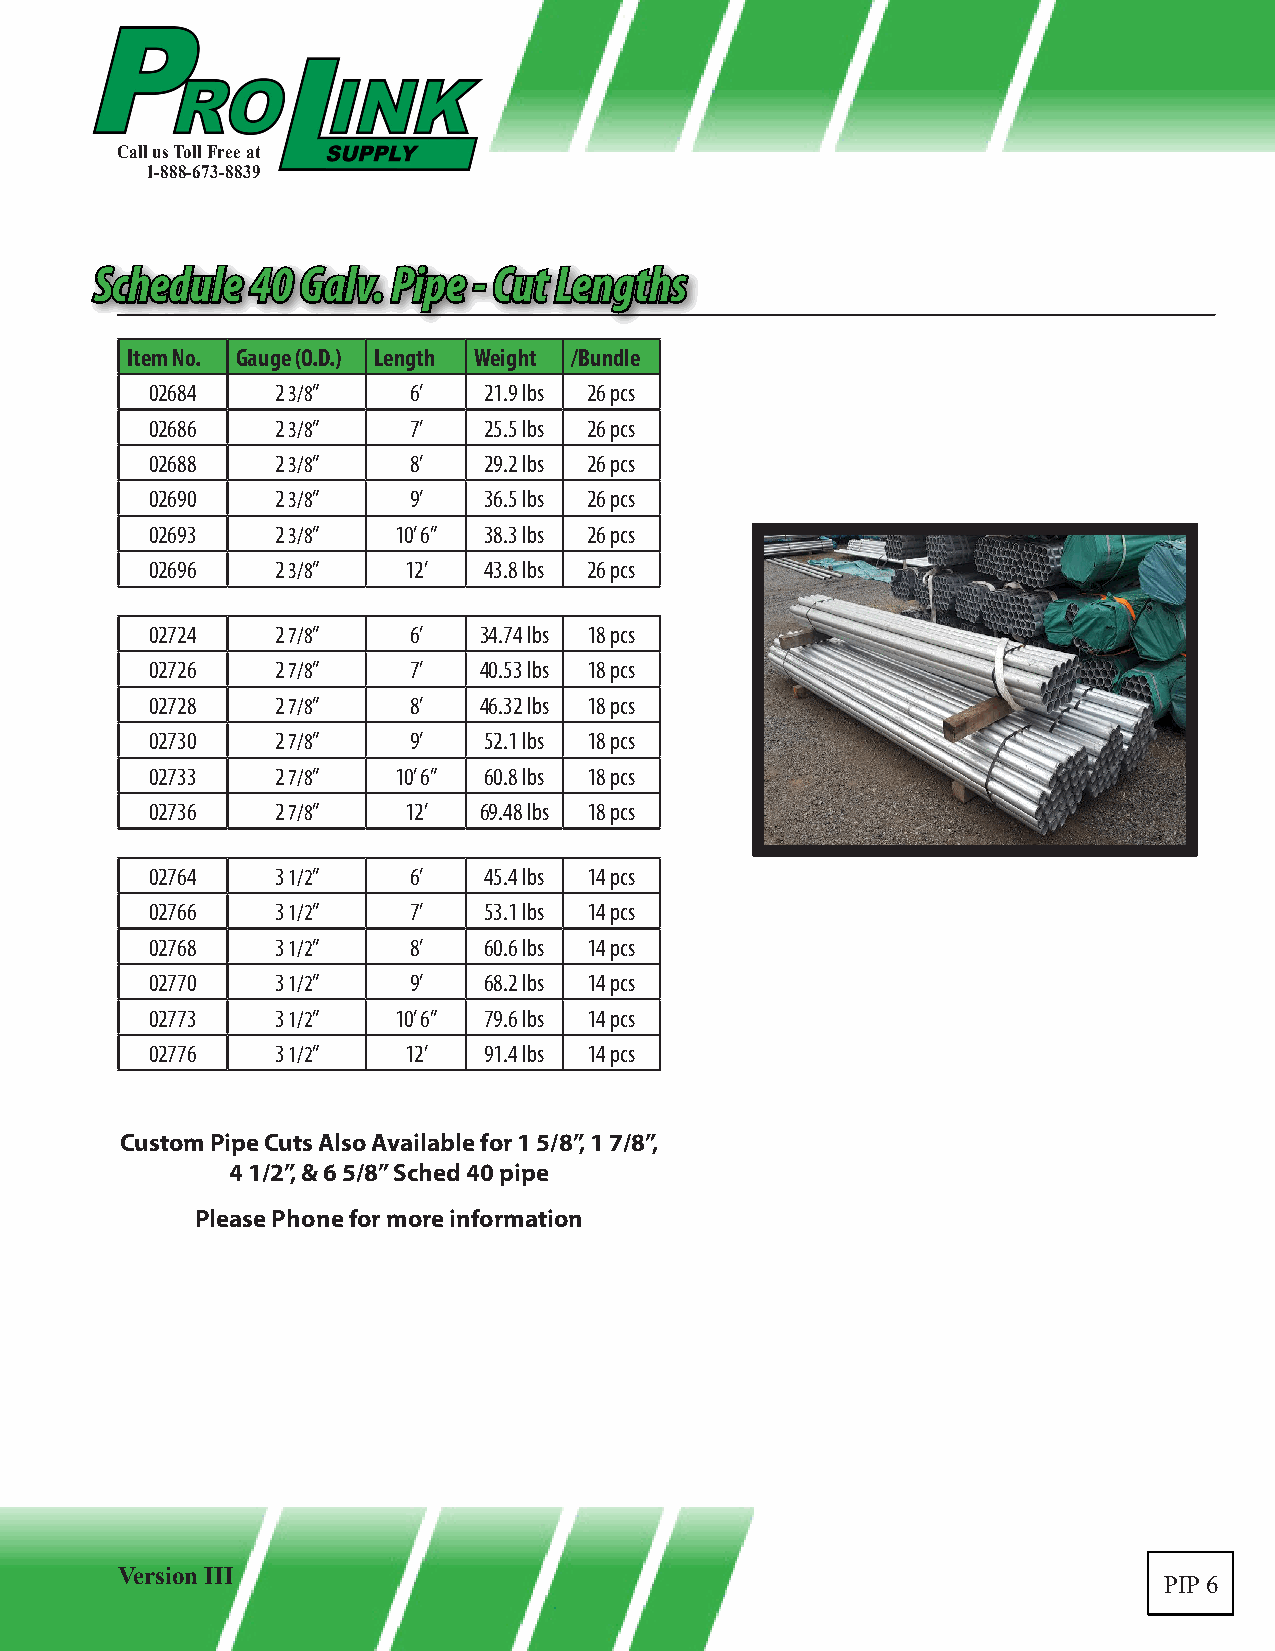
Call us Toll Free at
 1-888-673-8839
 SScchheedduullee 4400 GGaallvv.. PPiippee -- CCuutt LLeennggtthhss
 Item No. Gauge (O.D.) Length Weight /Bundle
 02684   2 3/8”   6’   21.9 lbs 26 pcs
 02686   2 3/8”   7’   25.5 lbs 26 pcs
 02688   2 3/8”   8’   29.2 lbs 26 pcs
 02690   2 3/8”   9’   36.5 lbs 26 pcs
 02693   2 3/8”  10’ 6” 38.3 lbs 26 pcs
 02696   2 3/8”   12’  43.8 lbs 26 pcs
 02724   2 7/8”   6’   34.74 lbs 18 pcs
 02726   2 7/8”   7’   40.53 lbs 18 pcs
 02728   2 7/8”   8’   46.32 lbs 18 pcs
 02730   2 7/8”   9’   52.1 lbs 18 pcs
 02733   2 7/8”  10’ 6” 60.8 lbs 18 pcs
 02736   2 7/8”   12’  69.48 lbs 18 pcs
 02764   3 1/2”   6’   45.4 lbs 14 pcs
 02766   3 1/2”   7’   53.1 lbs 14 pcs
 02768   3 1/2”   8’   60.6 lbs 14 pcs
 02770   3 1/2”   9’   68.2 lbs 14 pcs
 02773   3 1/2”  10’ 6” 79.6 lbs 14 pcs
 02776   3 1/2”   12’  91.4 lbs 14 pcs
 Custom Pipe Cuts Also Available for 1 5/8”, 1 7/8”,
 4 1/2”, & 6 5/8” Sched 40 pipe
 Please Phone for more information
 Version III
 PIP 6